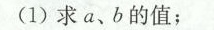
(1)求a、b的值；